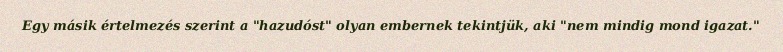
Egy másik értelmezés szerint a "hazudóst" olyan embernek tekintjük, aki "nem mindig mond igazat."